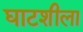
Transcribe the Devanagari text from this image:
घाटशीला